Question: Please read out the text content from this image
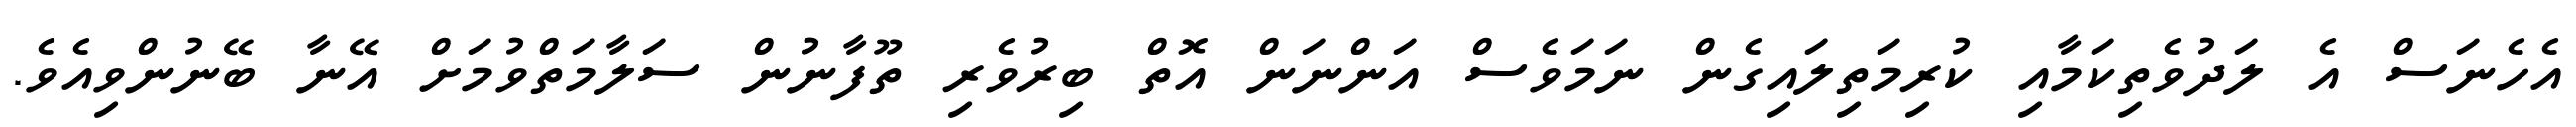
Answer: އެހެނަސް އެ ލަދުވެތިކަމާއި ކުރިމަތިލައިގެން ނަމަވެސް އަންނަން އޮތް ބިރުވެރި ތޫފާނުން ސަލާމަތްވުމަށް އޭނާ ބޭނުންވިއެވެ.